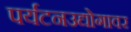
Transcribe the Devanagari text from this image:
पर्यटनउद्योगावर